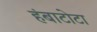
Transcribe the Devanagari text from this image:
हंबाटोटा